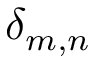
\delta _ { m , n }